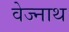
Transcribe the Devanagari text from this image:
वेज्नाथ